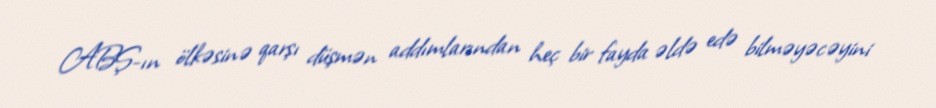
ABŞ-ın ölkəsinə qarşı düşmən addımlarından heç bir fayda əldə edə bilməyəcəyini